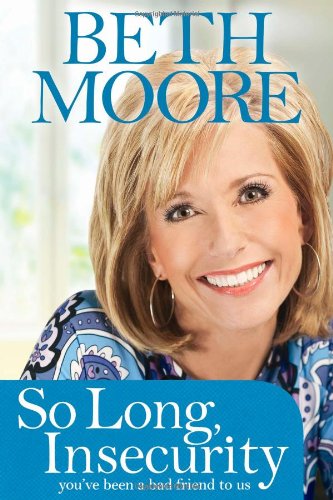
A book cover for So Long, Insecurity: You've Been a Bad Friend to Us; Beth Moore; Self-Help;